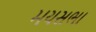
મયસભા